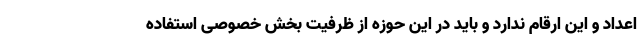
اعداد و این ارقام ندارد و باید در این حوزه از ظرفیت بخش خصوصی استفاده